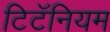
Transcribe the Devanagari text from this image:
टिटॅनियम